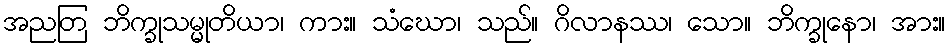
အညတြ ဘိက္ခုသမ္မုတိယာ၊ ကား။ သံဃော၊ သည်။ ဂိလာနဿ၊ သော။ ဘိက္ခုနော၊ အား။